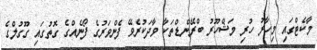
މާކެޓްގައި މިހާރު ހުރި މަޝްހޫރު ބްރޭންޑްތަކާ ވާދަކުރެވޭ ފެންވަރުގެ ފޯނެއްގެ ގޮތުގައި ގޫގުލްގެ